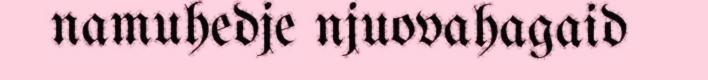
namuhedje njuovahagaid